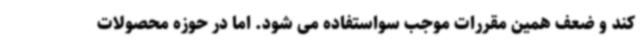
کند و ضعف همین مقررات موجب سواستفاده می شود. اما در حوزه محصولات